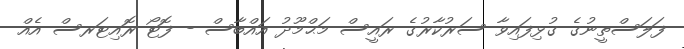
ފަލަސްތީނުގެ ގުޅިފައިވާ ސަރުކާރުގެ ރައީސް މަޙްމޫދު އައްބާސް - ފޮޓޯ ރޮއިޓަރސް އެއް